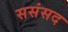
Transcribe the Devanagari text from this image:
ससंसद